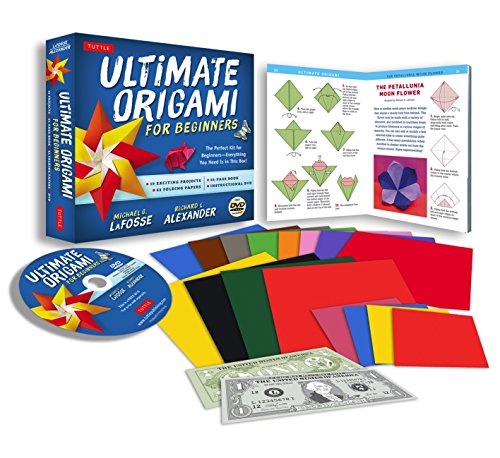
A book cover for Ultimate Origami for Beginners Kit: The Perfect Kit for Beginners-Everything you Need is in This Box! [Origami Book, DVD, 62 Papers, 19 Projects]; Michael G. LaFosse; Humor & Entertainment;